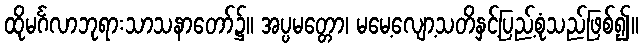
ထိုမင်္ဂလာဘုရားသာသနာတော်၌။ အပ္ပမတ္တော၊ မမေ့လျော့သတိနှင့်ပြည့်စုံသည်ဖြစ်၍။